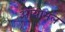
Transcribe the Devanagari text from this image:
आयामल